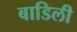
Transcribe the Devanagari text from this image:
बाडिली